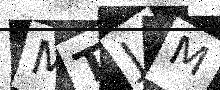
Text: MTJM